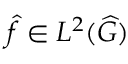
{ \widehat { f } } \in L ^ { 2 } ( { \widehat { G } } )